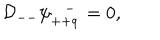
{ \cal D } _ { -- } \psi _ { + + \dot { q } } ^ { - } = 0 ,